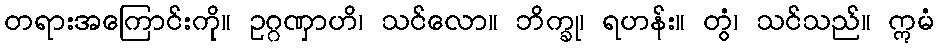
တရားအကြောင်းကို။ ဥဂ္ဂဏှာဟိ၊ သင်လော။ ဘိက္ခု၊ ရဟန်း။ တွံ၊ သင်သည်။ ဣမံ